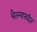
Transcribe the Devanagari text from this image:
चैतन्यासहित